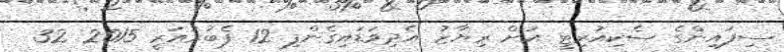
ސިފައިންގެ ސެކިއުރިޓީ އަށް ރިޔާޒު އެދިވަޑައިގެންފި 12 ފެބުރުއަރީ 2015 32